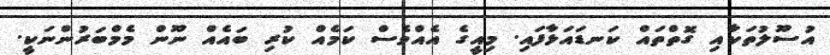
އުސޫލުތަކާއި ގޮތްތައް ކަނޑައަޅާފައި. މިއީގެ އެއްވެސް ކަމެއް ކުރި ބައެއް ނޫން މެމްބަރުންނަކީ.